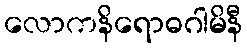
လောကနိရောဓဂါမိနီ